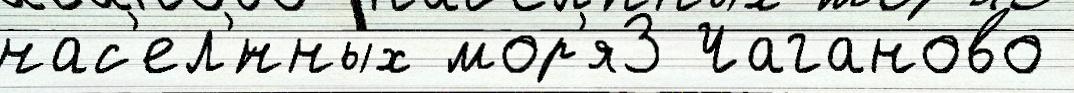
нас'ел'́нных мор'я3 Чаганово